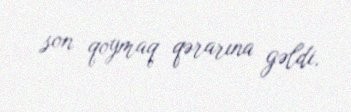
son qoymaq qərarına gəldi.